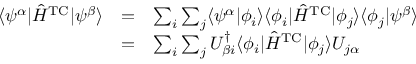
\begin{array} { c c l } { \langle \psi ^ { \alpha } | \hat { H } ^ { \mathrm { T C } } | \psi ^ { \beta } \rangle } & { = } & { \sum _ { i } \sum _ { j } \langle \psi ^ { \alpha } | \phi _ { i } \rangle \langle \phi _ { i } | \hat { H } ^ { \mathrm { T C } } | \phi _ { j } \rangle \langle \phi _ { j } | \psi ^ { \beta } \rangle } \\ & { = } & { \sum _ { i } \sum _ { j } U _ { \beta i } ^ { \dagger } \langle \phi _ { i } | \hat { H } ^ { \mathrm { T C } } | \phi _ { j } \rangle U _ { j \alpha } } \end{array}